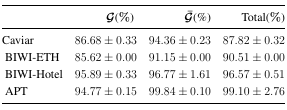
<table><thead><tr><td></td><td><b>G(%)</b></td><td><b>Ḡ(%)</b></td><td><b>Total(%)</b></td></tr></thead><tbody><tr><td>Caviar</td><td>86.68 ± 0.33</td><td>94.36 ± 0.23</td><td>87.82 ± 0.32</td></tr><tr><td>BIWI-ETH</td><td>85.62 ± 0.00</td><td>91.15 ±0.00</td><td>90.51 ±0.00</td></tr><tr><td>BIWI-Hotel</td><td>95.89 ± 0.33</td><td>96.77 ±1.61</td><td>96.57 ±0.51</td></tr><tr><td>APT</td><td>94.77 ±0.15</td><td>99.84 ±0.10</td><td>99.10 ±2.76</td></tr></tbody></table>